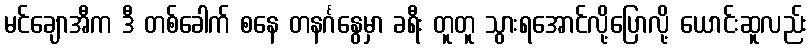
မင်ချောအီက ဒီ တစ်ခေါက် စနေ တနင်္ဂနွေမှာ ခရီး တူတူ သွားရအောင်လို့ပြောလို့ ယောင်းဆူလည်း